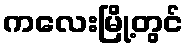
ကလေးမြို့တွင်